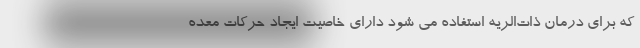
که برای درمان ذات‌الریه استفاده می ‌شود دارای خاصیت ایجاد حرکات معده